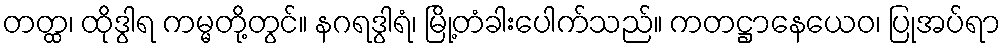
တတ္ထ၊ ထိုဒွါရ ကမ္မတို့တွင်။ နဂရဒွါရံ၊ မြို့တံခါးပေါက်သည်။ ကတဋ္ဌာနေယေဝ၊ ပြုအပ်ရာ